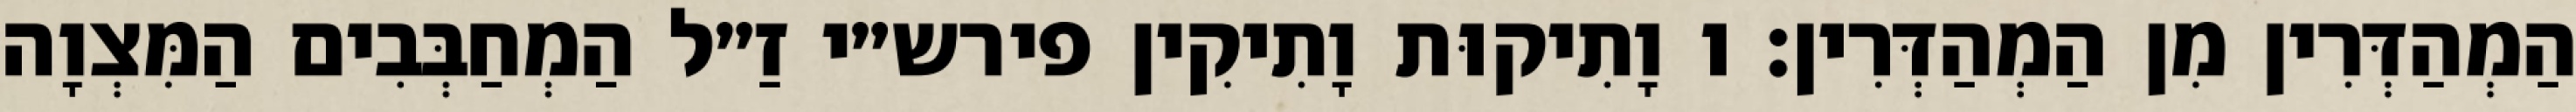
הַמְהַדְּרִין מִן הַמְהַדְּרִין: ו וָתִיקוּת וָתִיקִין פירש״י זַ״ל הַמְחַבְּבִים הַמִּצְוָה